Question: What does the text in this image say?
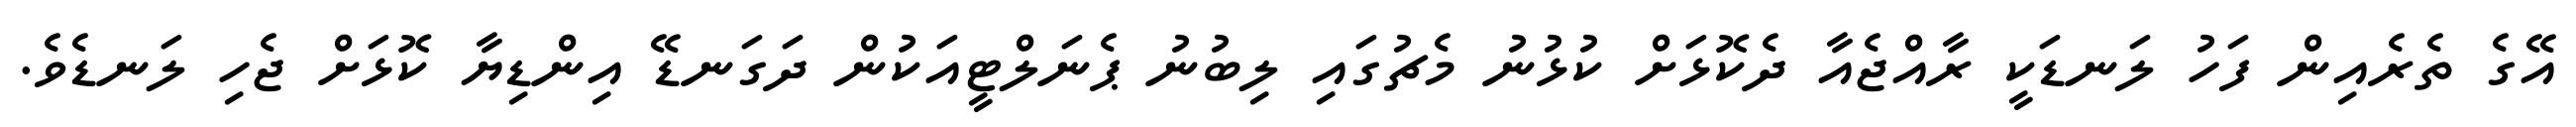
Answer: އޭގެ ތެރެއިން ފަހު ލަނޑަކީ ރާއްޖެއާ ދެކޮޅަށް ކުޅުނު މެޗުގައި ލިބުނު ޕެނަލްޓީއަކުން ދަގަނޑޭ އިންޑިޔާ ކޮޅަށް ޖެހި ލަނޑެވެ.